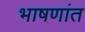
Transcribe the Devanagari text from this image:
भाषणांत